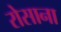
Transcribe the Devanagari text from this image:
रोसाना